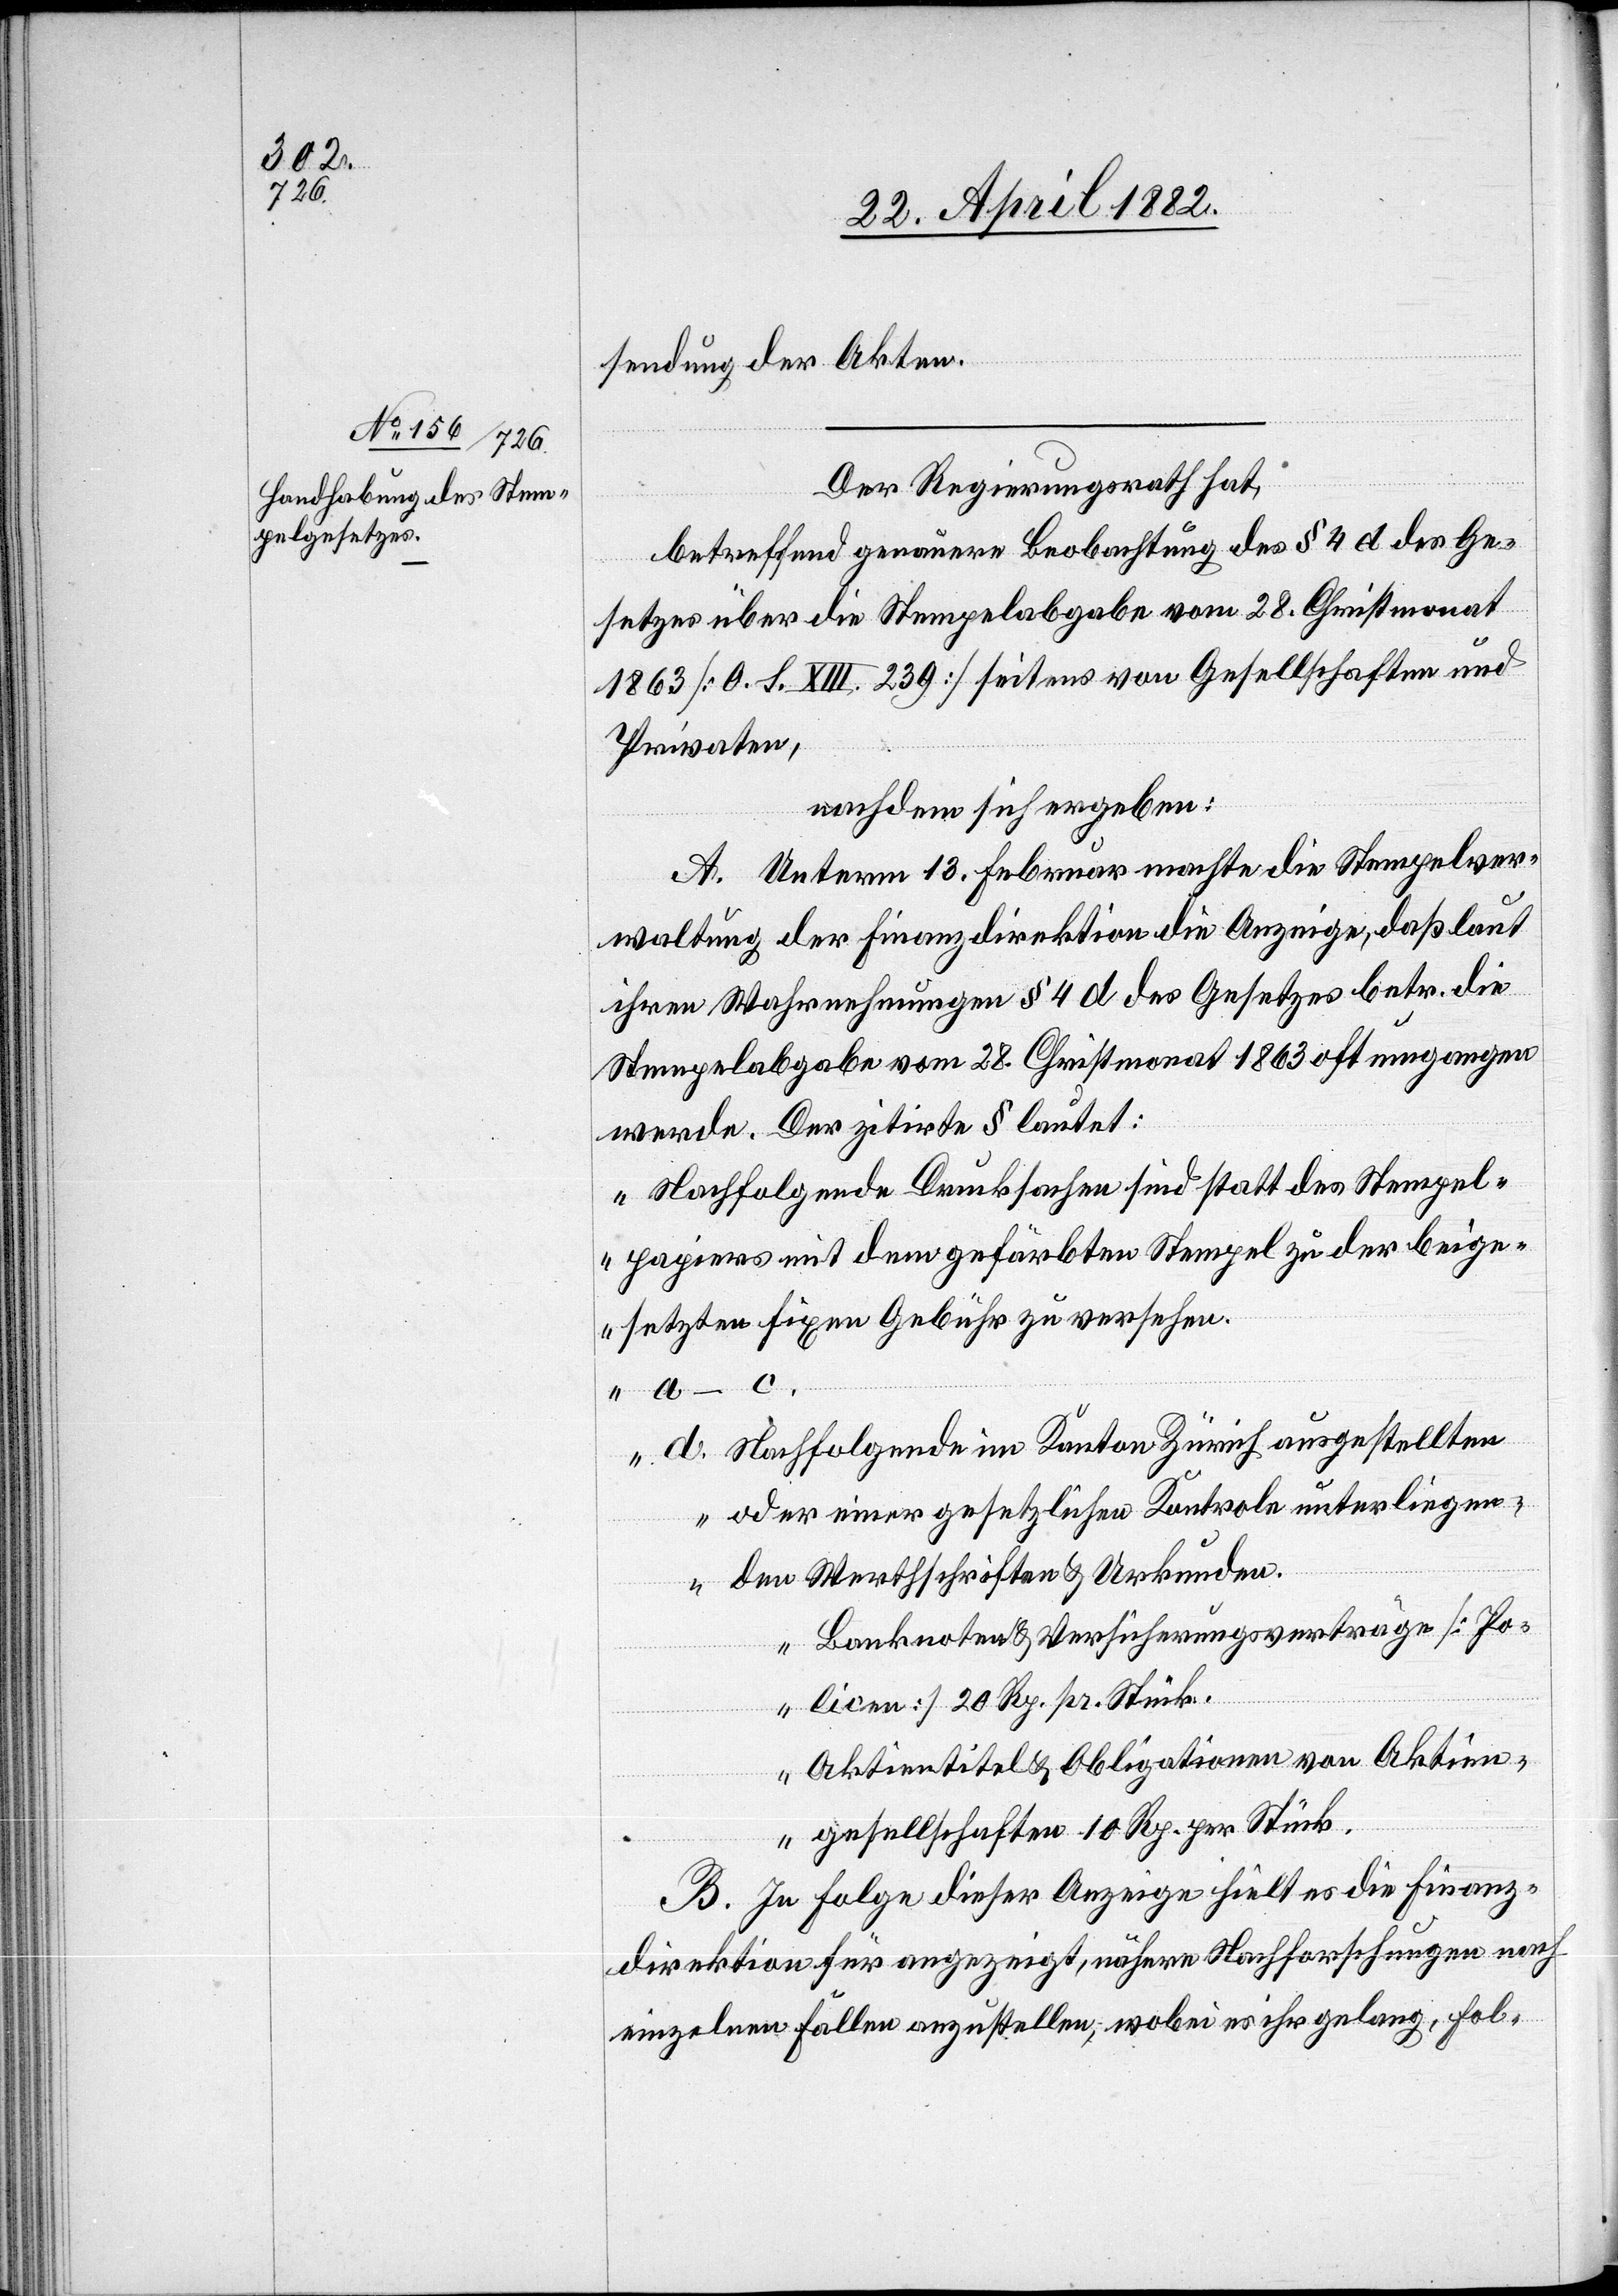
sendung der Akten.
Der Regierungsrath hat,
betreffend genauere Beobachtung des § 4 d des Ge¬
setzes über die Stempelabgabe vom 28. Christmonat
1863 [O. S. XIII. 239] seitens von Gesellschaften und
Privaten,
nachdem sich ergeben:
A. Unterm 13. Februar machte die Stempelver¬
waltung der Finanzdirektion die Anzeige, daß laut
ihren Wahrnehmungen § 4 d des Gesetzes betr. die
Stempelabgabe vom 28. Christmonat 1863 oft umgangen
werde. Der zitirte § lautet:
„Nachfolgende Drucksachen sind statt des Stempel¬
papiers mit dem gefärbten Stempel zu der bei¬
setzten fixen Gebühr zu versehen.
d. Nachfolgende im Kanton Zürich ausgestellte
oder einer gesetzlichen Kontrole unterliegen¬
den Werthschriften & Urkunden.
Banknoten & Versicherungsverträge [Po¬
licen] 20 Rp. pr. Stück.
Aktientitel & Obligationen von Aktien¬
gesellschaften 10 Rp. per Stück.
B. In Folge dieser Anzeige hielt es die Finanz¬
direktion für angezeigt, nähere Nachforschungen nach
einzelnen Fällen anzustellen, wobei es ihr gelang, Fol-